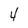
Character: 4